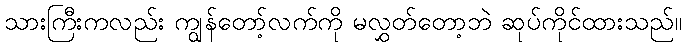
သားကြီးကလည်း ကျွန်တော့်လက်ကို မလွှတ်တော့ဘဲ ဆုပ်ကိုင်ထားသည်။